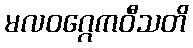
မလဝဂ္ဂေကဝီသတိ